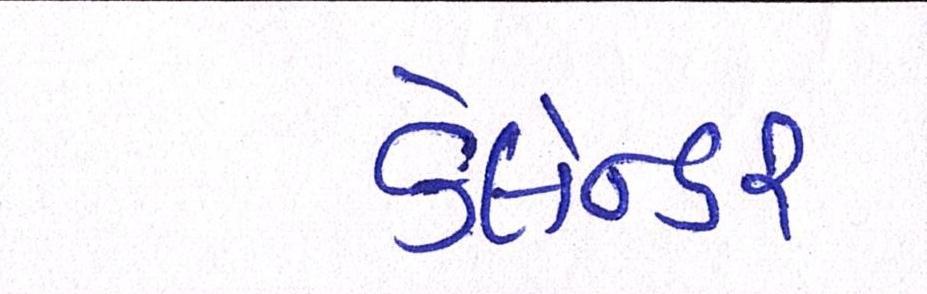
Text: કેલેન્ડર